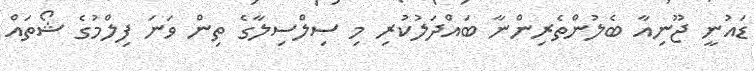
ޑައުނީ ޖޫނިއާ ބެލުންތެރިންނާ ބައްދަލުކުރި މި ސިލްސިލާގެ ތިން ވަނަ ފިލްމުގެ ޝޯތައް